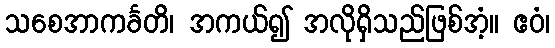
သစေအာကင်္ခတိ၊ အကယ်၍ အလိုရှိသည်ဖြစ်အံ့။ ဧဝံ၊